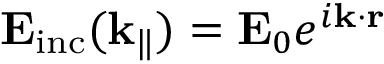
\mathbf { E } _ { \mathrm { i n c } } ( \mathbf { k } _ { \| } ) = \mathbf { E } _ { 0 } e ^ { i \mathbf { k } \cdot \mathbf { r } }